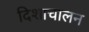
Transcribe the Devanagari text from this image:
दिशाचालन